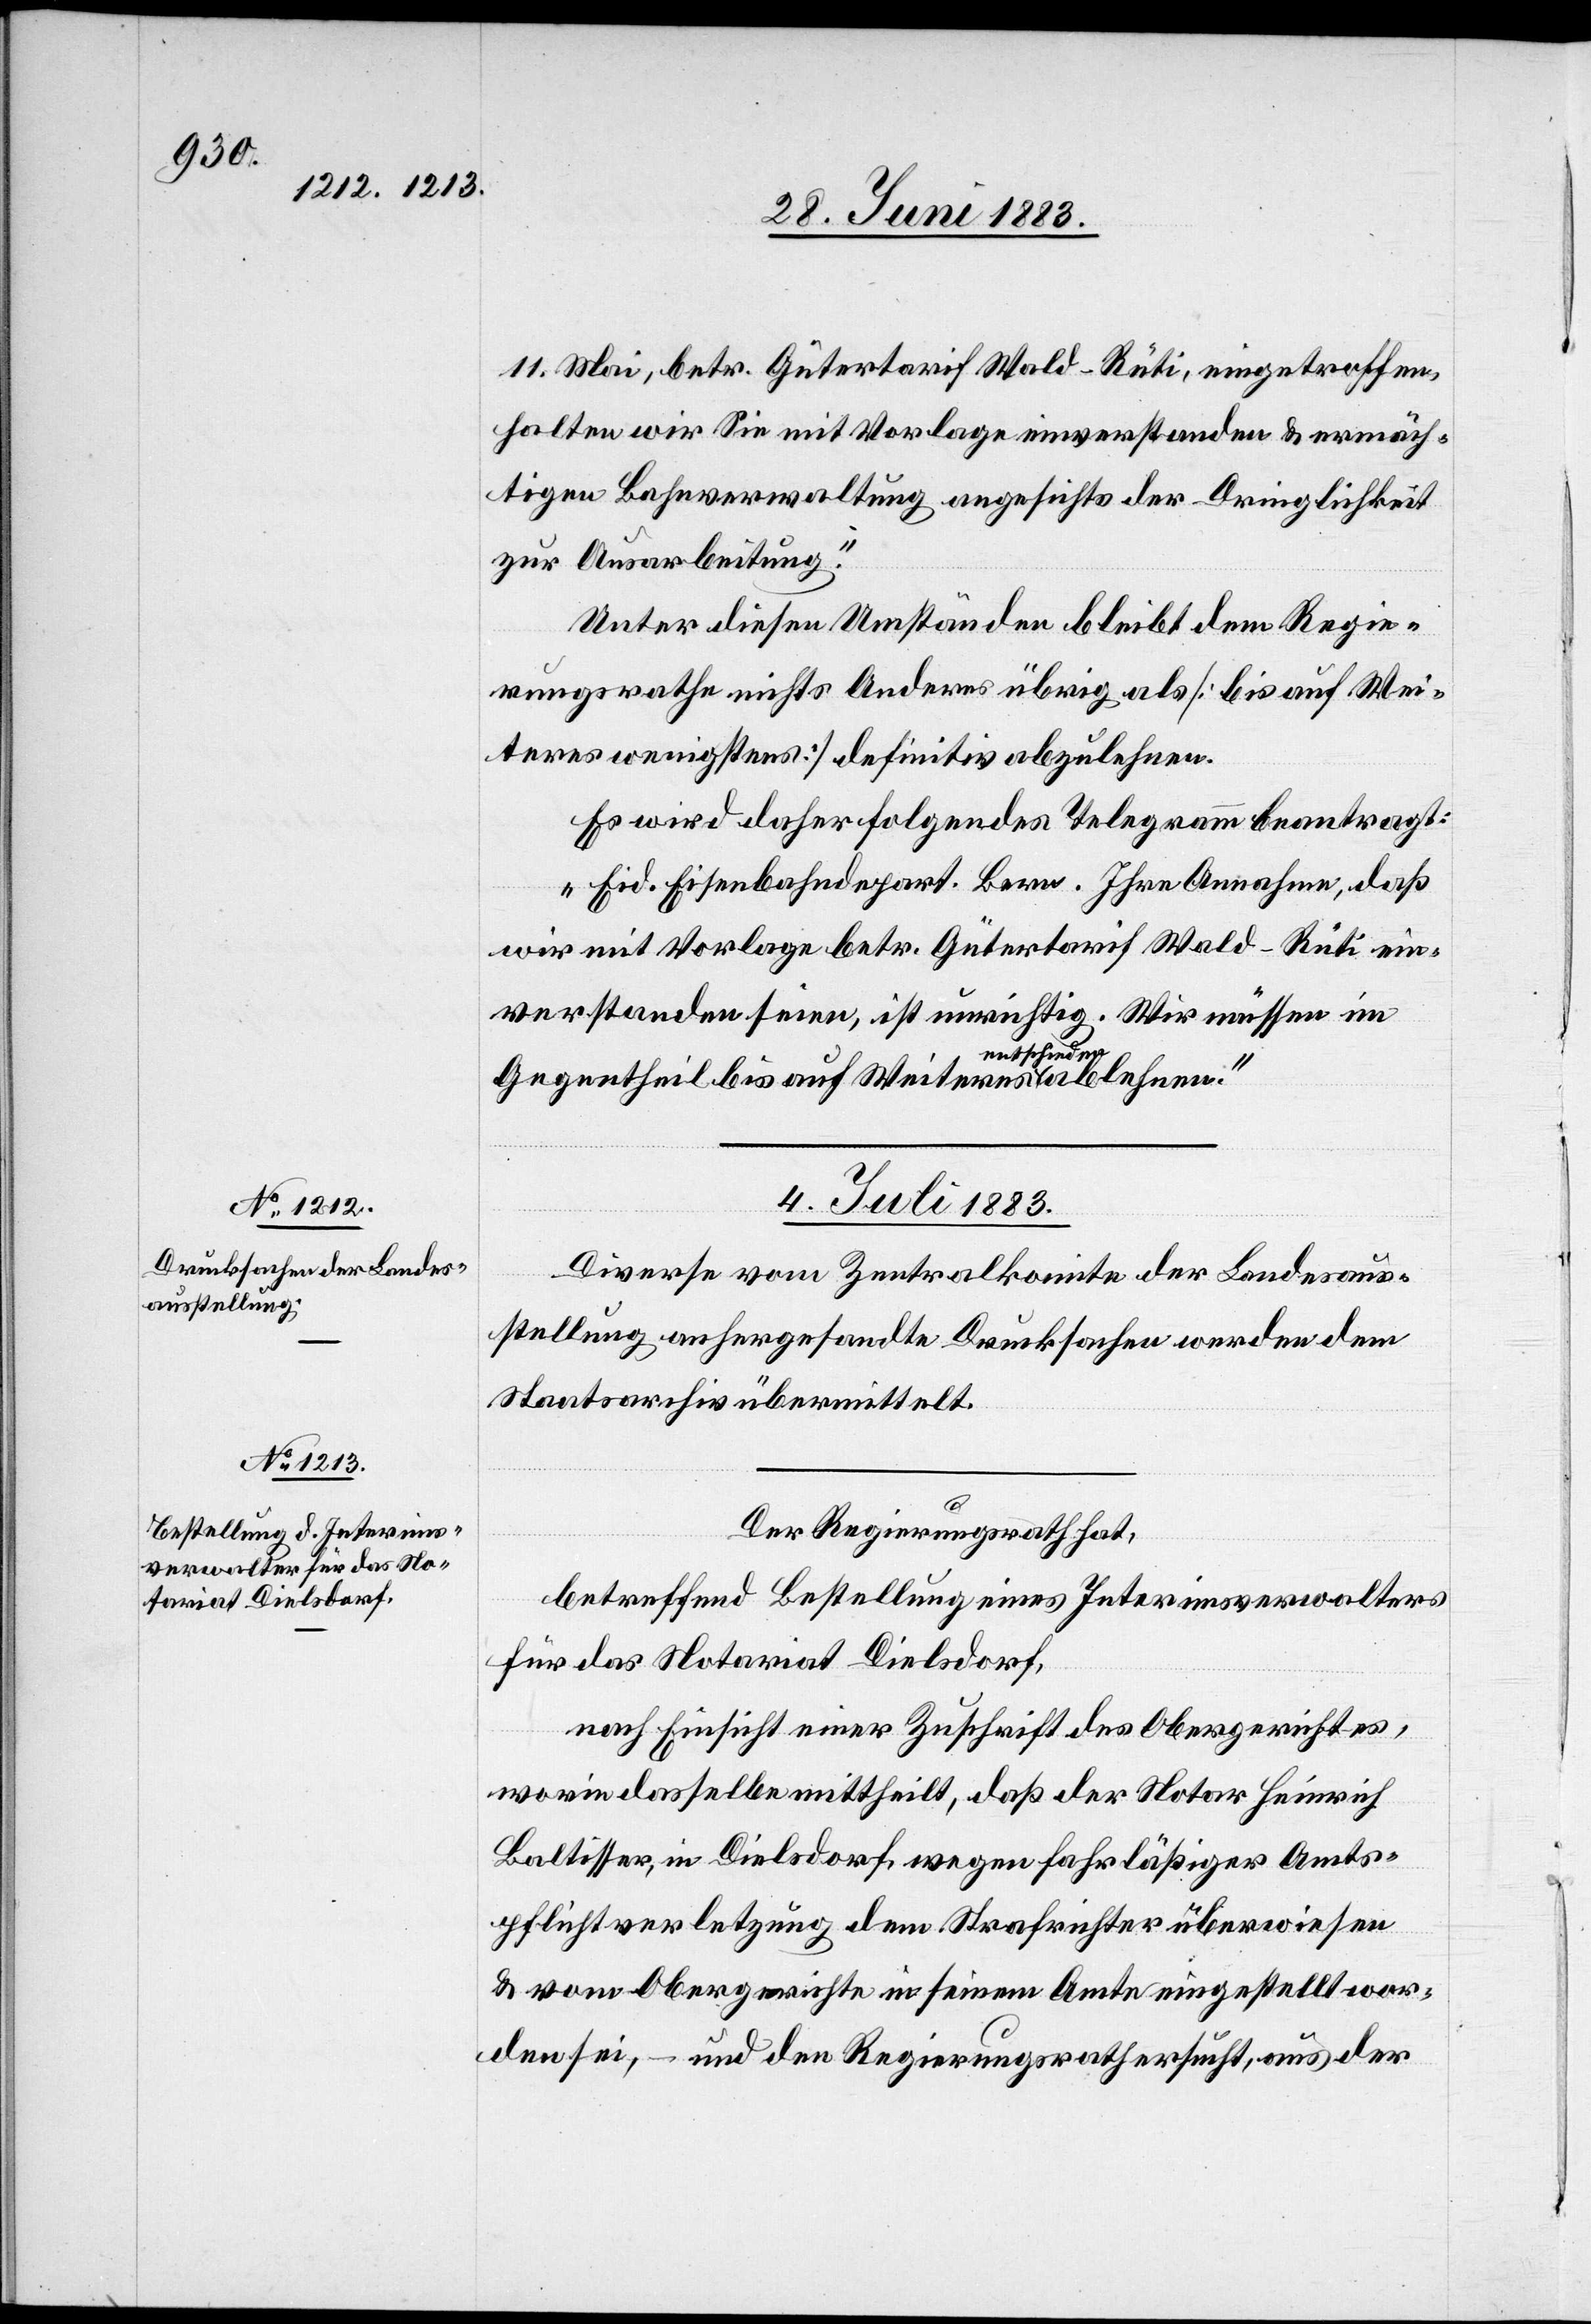
11. Mai, betr. Gütertarif Wald–Rüti, eingetroffen,
halten wir Sie mit Vorlage einverstanden & ermäch¬
tigen Bahnverwaltung angesichts der Dringlichkeit
zur Ausarbeitung.“
Unter diesen Umständen bleibt dem Regie¬
rungsrathe nichts Anderes übrig als [bis auf Wei¬
teres wenigstens] definitiv abzulehnen.
Es wird daher folgendes Telegramm beantragt:
„Eid. Eisenbahndepart. Bern. Ihre Annahme, daß
wir mit Vorlage betr. Gütertarif Wald–Rüti ein¬
verstanden seien, ist unrichtig. Wir müssen im
Gegentheil bis auf Weiteres entschieden
4. Juli 1883.]
Diverse vom Zentralkomite der Landesaus¬
stellung anhergesandte Drucksachen werden dem
Staatsarchiv übermittelt.
Der Regierungsrath hat,
betreffend Bestellung eines Interimverwalters
für das Notariat Dielsdorf,
nach Einsicht einer Zuschrift des Obergerichtes,
worin dasselbe mittheilt, daß der Notar Heinrich
Baltisser, in Dielsdorf, wegen fahrläßiger Amts¬
pflichtverletzung dem Strafrichter überwiesen
& vom Obergerichte in seinem Amte eingestellt wor¬
den sei, – und den Regierungsrath ersucht, aus der